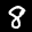
Label: 8